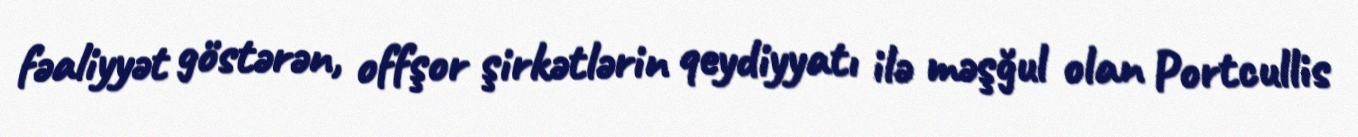
fəaliyyət göstərən, offşor şirkətlərin qeydiyyatı ilə məşğul olan Portcullis